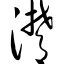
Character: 潸